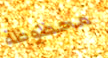
محظوظة